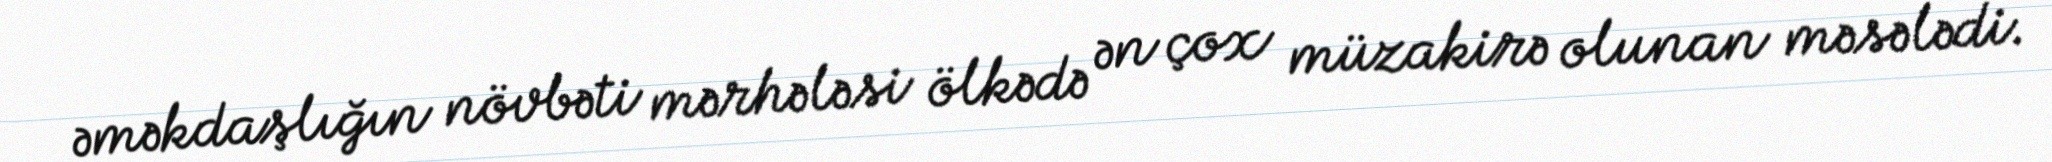
əməkdaşlığın növbəti mərhələsi ölkədə ən çox müzakirə olunan məsələdi.